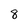
Character: 8